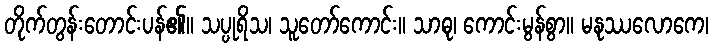
တိုက်တွန်းတောင်းပန်၏။ သပ္ပုရိသ၊ သူတော်ကောင်း။ သာဓု၊ ကောင်းမွန်စွာ။ မနုဿလောကေ၊